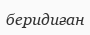
беридиған